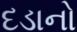
દડાનો